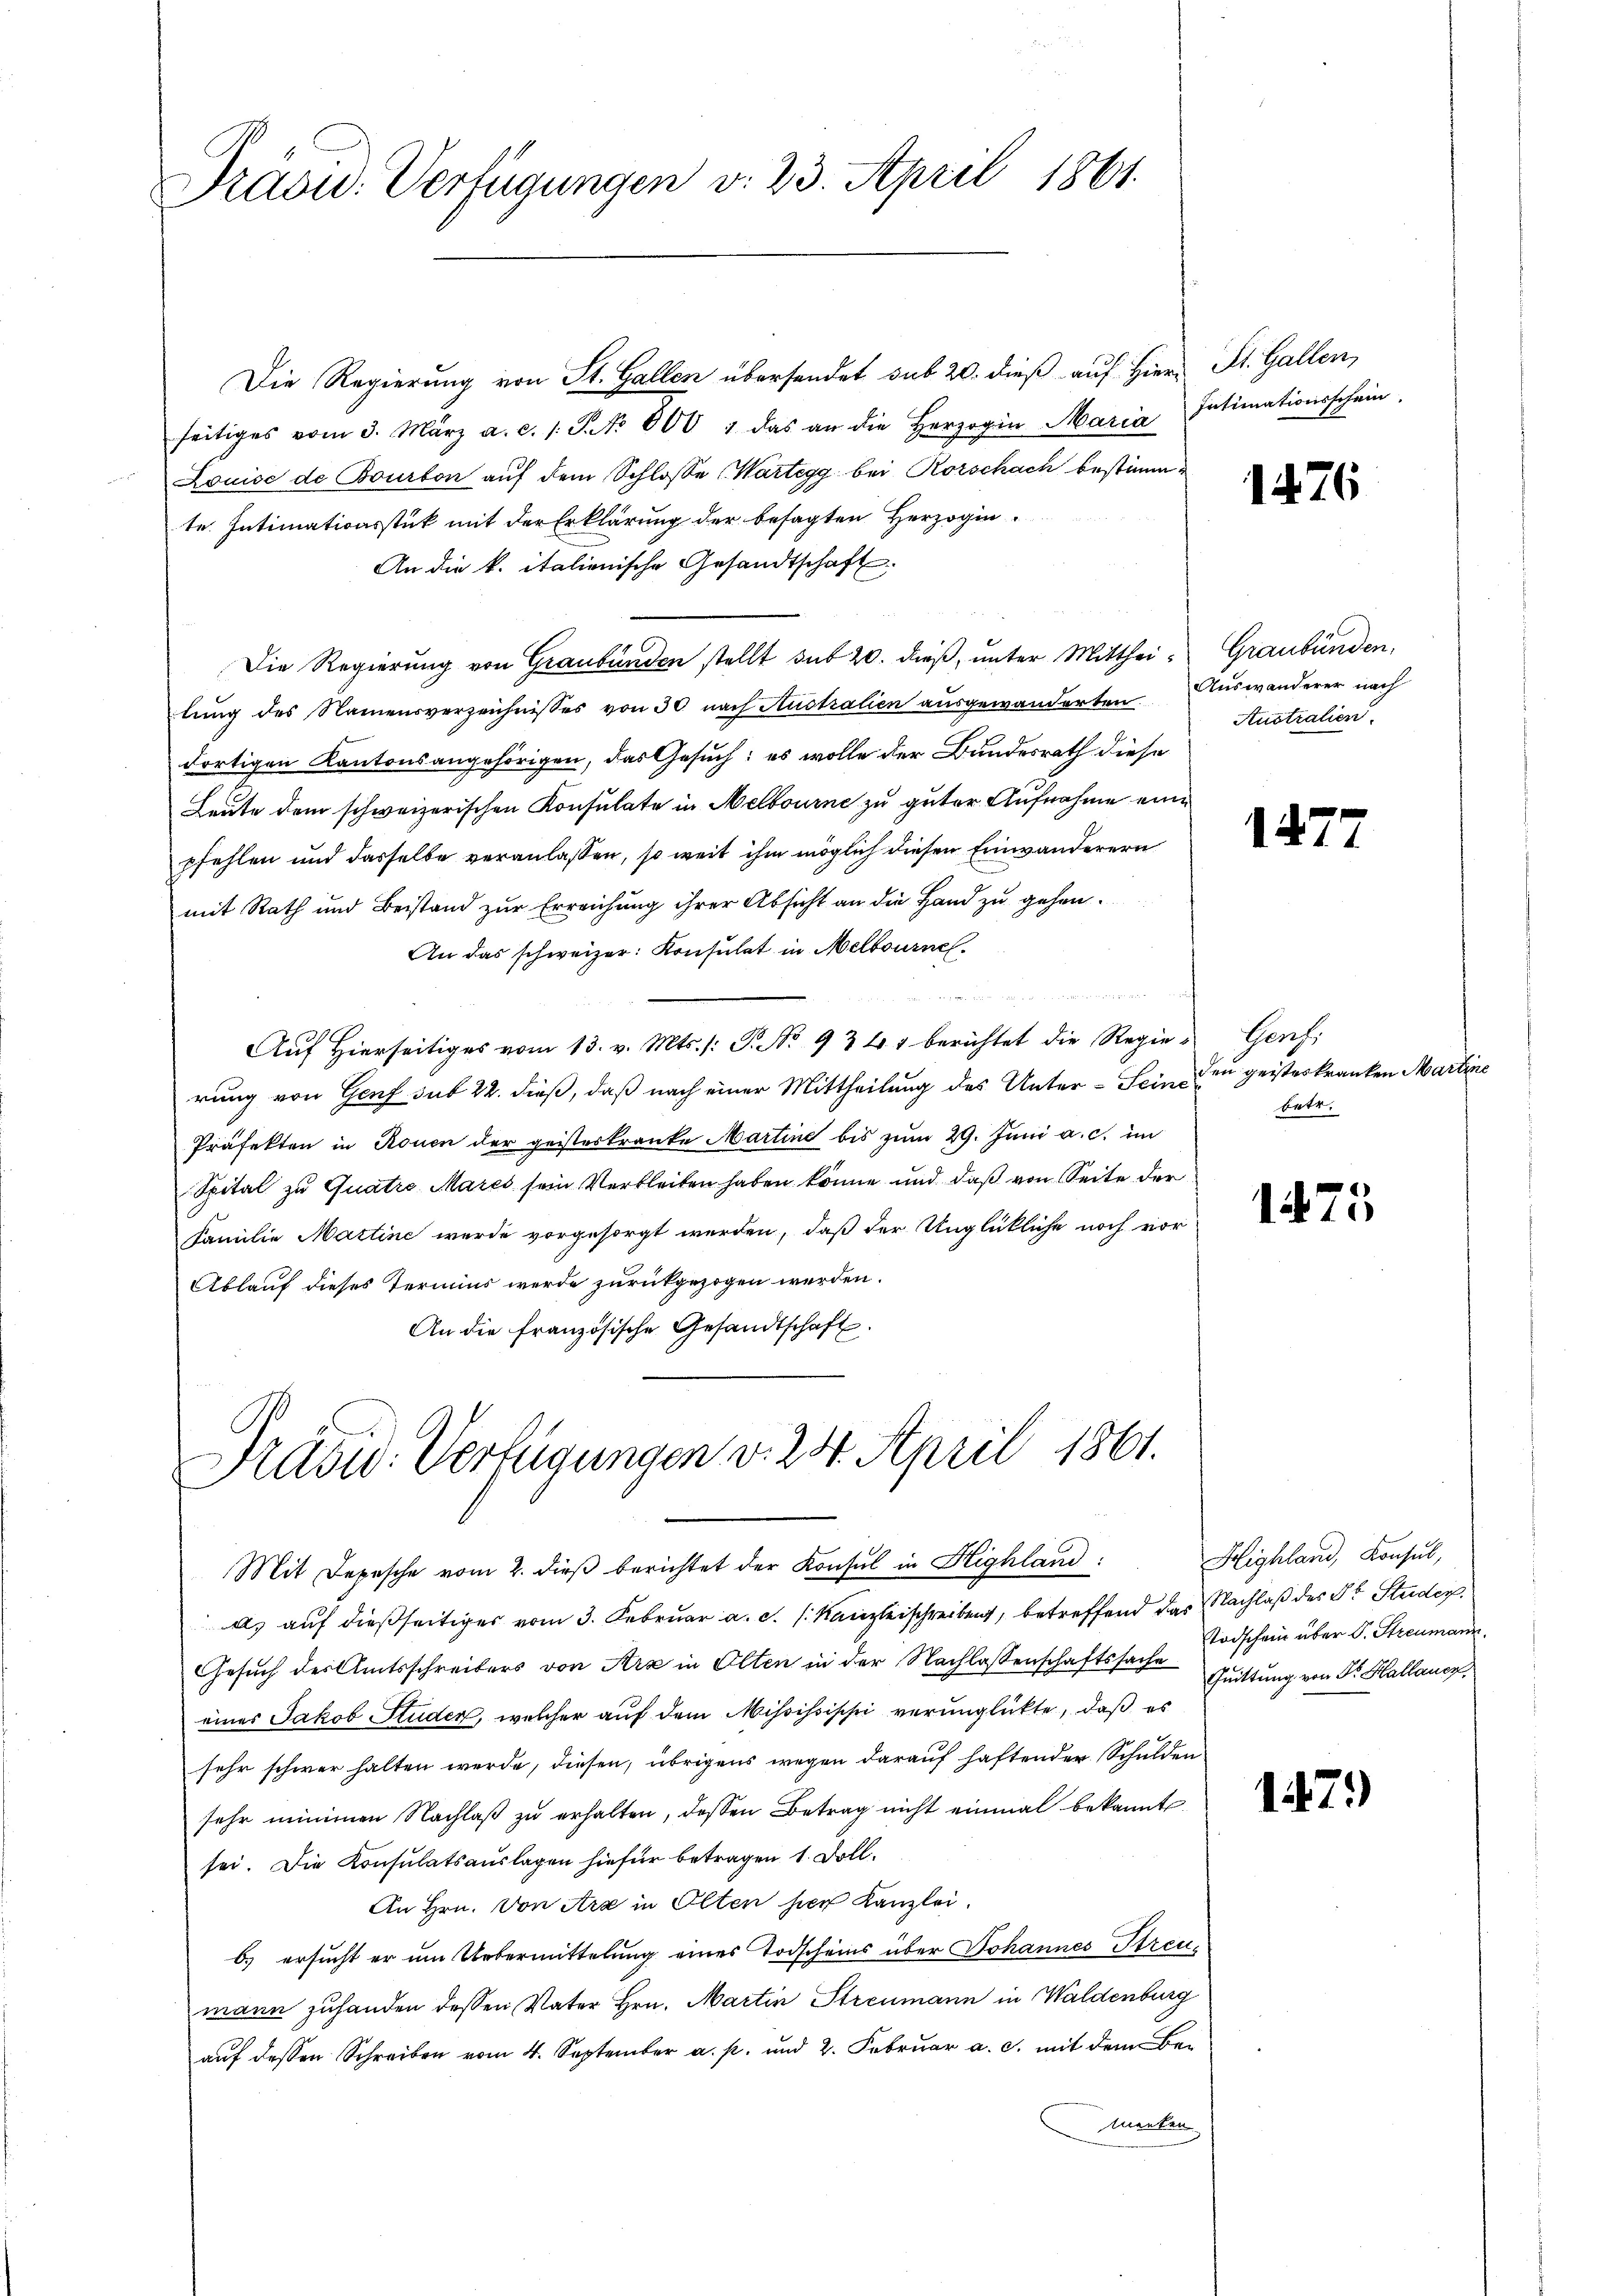
Präsid. Verfügungen v. 23. April 1861.

Die Regierung von St. Gallen übersendet sub 20. dieß auf Hiern St. Gallen,
seitiges vom 3. März a. c. 1. P. No 600 1 das an die Herzogin Maria Intimationsschein
Louise de Bourton auf dem Schlosse Wartegg bei Rorschach bestimmte. Intimationsstück mit der Erklärung der besagten Herzogin¬
An die k. italienische Gesandtschaft
Die Regierung von Graubünden stellt sub 20. dieβ, ŭnter Mitthei- Graubünden,
lung des Namensverzeichnisses von 30 nach Australien ausgewanderten Auswanderer nach
dortigen Kantonsangehörigen, das Gesuch: es wolle der Bundesrath diese
Leute dem schweizerischen Konsulate in Melbourne zu guter Aufnahme eine
pfehlen und dasselbe veranlassen, so weit ihm möglich diesen Einwanderern
mit Rath und Beistand zur Erreichung ihrer Absicht an die Hand zu gehen.
An das schweizer: Konsulat in Melbourne

Auf Hierseitiges vom 13. v. Mts. /: P. No 934 berichtet die Regierung von Genf sub 22. dieß, daß nach einer Mittheilung des Unter-Seinen geisteskranken Martine
Präfekten in Rouen der geisterkranke Martine bis zum 29. Juni a. c. im
Spital zu Quatro Mares sein Verbleiben haben könne und daß von Seite der
Familie Martine wurde vorgesorgt werden, daß der Unglückliche noch vor
Ablauf dieses Termins werde zurückgezogen werden.
An die französische Gesandtschaft.

Präsid. Verfügungen v. 24. April 1861.

Mit Depesche vom 2. dieß berichtet der Konsul in Highland:
a) auf dießseitiges vom 3. Februar a. c. Kanzleischreiben, betreffend das Nachlaß des Dr. Studer
Gesuch des Amtsschreibers von Arx in Olten in der Nachlassenschaftssache Quittung von Dr. Hallancz,
eines Jakob Studer, welcher auf dem Mississiphi verunglückte, daß es
sehr schwer halten werde, diesen, übrigens wegen darauf haftender Schulden
sehr minimen Nachlaß zu erhalten, dessen Betrag nicht einmal bekannt
sei. Die Konsulatsauslagen hiefür betragen 1. Doll.
An Hrn. Von Arx in Olten her Kanzlei.
b.) ersucht er um Uebermittelung eines Todscheins über Johannes Streumann zuhanden dessen Vater Hrn. Martin Streumann in Waldenburg
aŭf dessen Schreiben vom 4. September a. p. und 2. Febrŭar a. c. mit dem Be¬
Menken

1476

Australien.

14

Herch.
betr.

1475

Highland, Konsul,
Todschein über S. Streumann.

1479